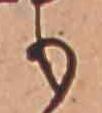
も